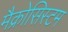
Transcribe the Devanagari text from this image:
मैक्रोसिस्टम